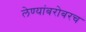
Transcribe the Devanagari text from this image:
लेण्यांबरोबरच